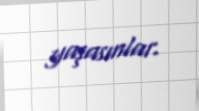
yaşasınlar.